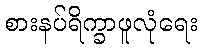
စားနပ်ရိက္ခာဖူလုံရေး